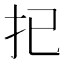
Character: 𢩽